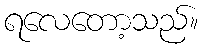
ရလေတော့သည်။